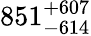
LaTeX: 851_{-614}^{+607}